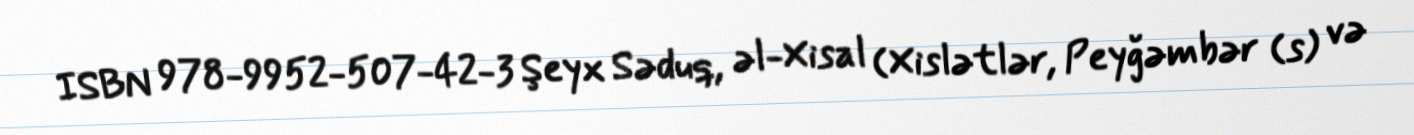
ISBN 978-9952-507-42-3 Şeyx Səduq, əl-Xisal (Xislətlər, Peyğəmbər (s) və